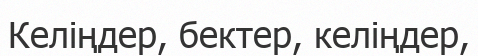
Келіңдер, бектер, келіңдер,